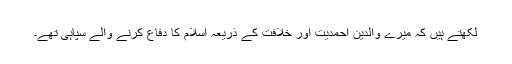
لکھتے ہیں کہ میرے والدین احمدیت اور خلافت کے ذریعہ اسلام کا دفاع کرنے والے سپاہی تھے۔